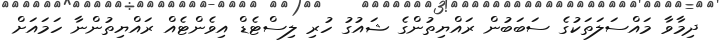
ދިމާވާ މައްސަލަތަކުގެ ސަބަބުން ރައްޔިތުންގެ ޝައުގު ހުރި ލިސްޓެޑް އިވެންޓެއް ރައްޔިތުންނާ ހަމައަށް